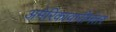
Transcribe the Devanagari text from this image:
अमेरिकावारीनंतर